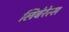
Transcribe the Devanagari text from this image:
लिबेरेत्स